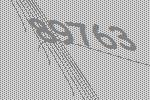
89763